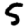
Digit: 5